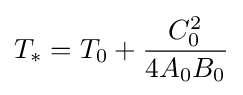
T_{*}=T_{0}+{\frac {C_{0}^{2}}{4A_{0}B_{0}}}